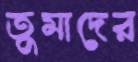
তুমাদের